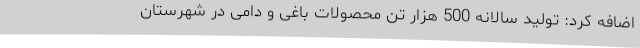
اضافه کرد: تولید سالانه 500 هزار تن محصولات باغی و دامی در شهرستان